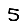
Digit: 5